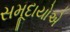
સમૂદાયોએ